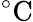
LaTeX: \mathrm{{}^{\circ}C}